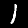
Digit: 1